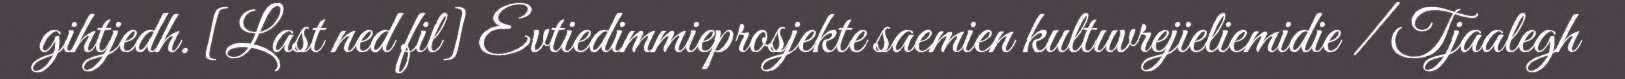
gihtjedh. [Last ned fil] Evtiedimmieprosjekte saemien kultuvrejieliemidie / Tjaalegh